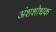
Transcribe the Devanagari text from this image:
अंशशोधक